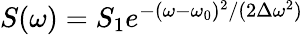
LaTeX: \begin{array}{r}{S(\omega)=S_{1}e^{-(\omega-\omega_{0})^{2}/(2\Delta\omega^{2})}}\end{array}